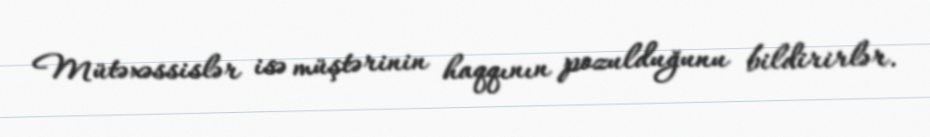
Mütəxəssislər isə müştərinin haqqının pozulduğunu bildirirlər.